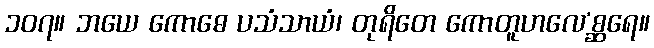
၁၀၇။ ဘယေ ကောဓေ ပသံသာယံ၊ တုရိတေ ကောတူဟလေ’စ္ဆရေ။